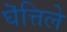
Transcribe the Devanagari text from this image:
घॆत्तिले